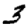
Digit: 3